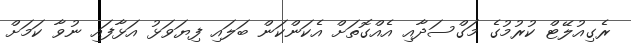
ރެގިއުލޭޓް ކުރުމުގެ މަގްސަދާއި އެއްގޮތަށް އެކަންކަން ބަލައި ފިޔަވަޅު އަޅާފައި ނުވާ ކަމަށް